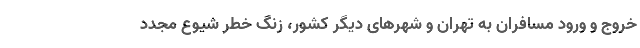
خروج و ورود مسافران به تهران و شهرهای دیگر کشور، زنگ خطر شیوع مجدد